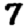
Digit: 7